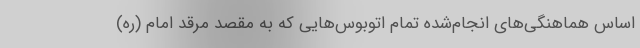
اساس هماهنگی‌های انجام‌شده تمام اتوبوس‌هایی که به مقصد مرقد امام (ره)